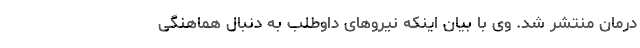
درمان منتشر شد. وی با بیان اینکه نیروهای داوطلب به دنبال هماهنگی